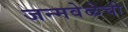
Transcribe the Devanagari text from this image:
जन्मवेळेची